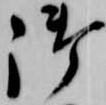
御